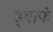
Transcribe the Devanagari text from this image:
ड्वार्फं